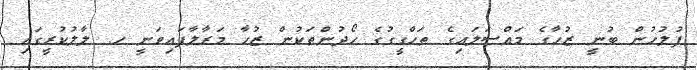
ފުލުހުން ބުނީ ޒުހާގެ މައްސަަލައިގެ ތަހްގީގުގެ ހޯދުންތަކުން ޒުހާ މަރާލާފައިވަނީ ހ. ލާލުުކުރީގައި